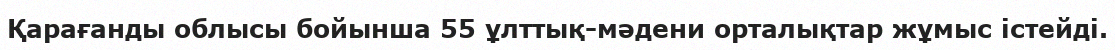
Қарағанды облысы бойынша 55 ұлттық-мәдени орталықтар жұмыс істейді.